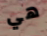
هي